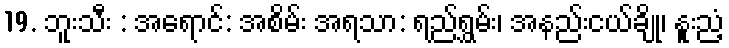
19. ဘူးသီး : အရောင်: အစိမ်း အရသာ: ရည်ရွှမ်း၊ အနည်းငယ်ချို၊ နူးညံ့